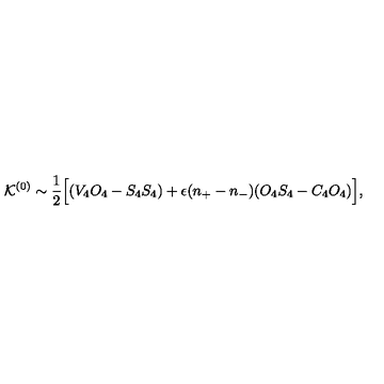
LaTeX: { \cal K } ^ { ( 0 ) } \sim \frac { 1 } { 2 } \Big [ ( V _ { 4 } O _ { 4 } - S _ { 4 } S _ { 4 } ) + \epsilon ( n _ { + } - n _ { - } ) ( O _ { 4 } S _ { 4 } - C _ { 4 } O _ { 4 } ) \Big ] ,